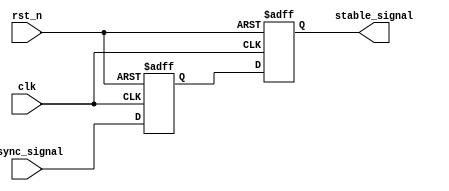
module metastability_filter (
    input wire clk,            // Clock signal for the receiving domain
    input wire async_signal,   // Incoming asynchronous signal
    input wire rst_n,          // Asynchronous active-low reset
    output reg stable_signal    // Filtered stable output signal
);

    // Internal signals for the flip-flops
    reg ff1_out;               // Output of the first flip-flop

    // First flip-flop: samples the asynchronous signal
    always @(posedge clk or negedge rst_n) begin
        if (!rst_n) begin
            ff1_out <= 1'b0;   // Initialize to known state on reset
        end else begin
            ff1_out <= async_signal; // Sample the asynchronous signal
        end
    end

    // Second flip-flop: captures the output of the first flip-flop
    always @(posedge clk or negedge rst_n) begin
        if (!rst_n) begin
            stable_signal <= 1'b0; // Initialize to known state on reset
        end else begin
            stable_signal <= ff1_out; // Output the stabilized signal
        end
    end

endmodule